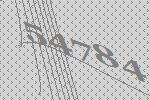
54784